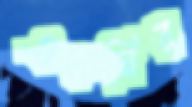
একনির